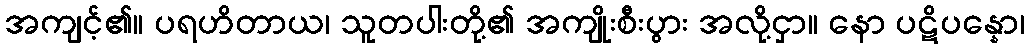
အကျင့်၏။ ပရဟိတာယ၊ သူတပါးတို့၏ အကျိုးစီးပွား အလို့ငှာ။ နော ပဋိပန္နော၊